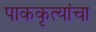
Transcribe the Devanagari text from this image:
पाककृत्यांचा